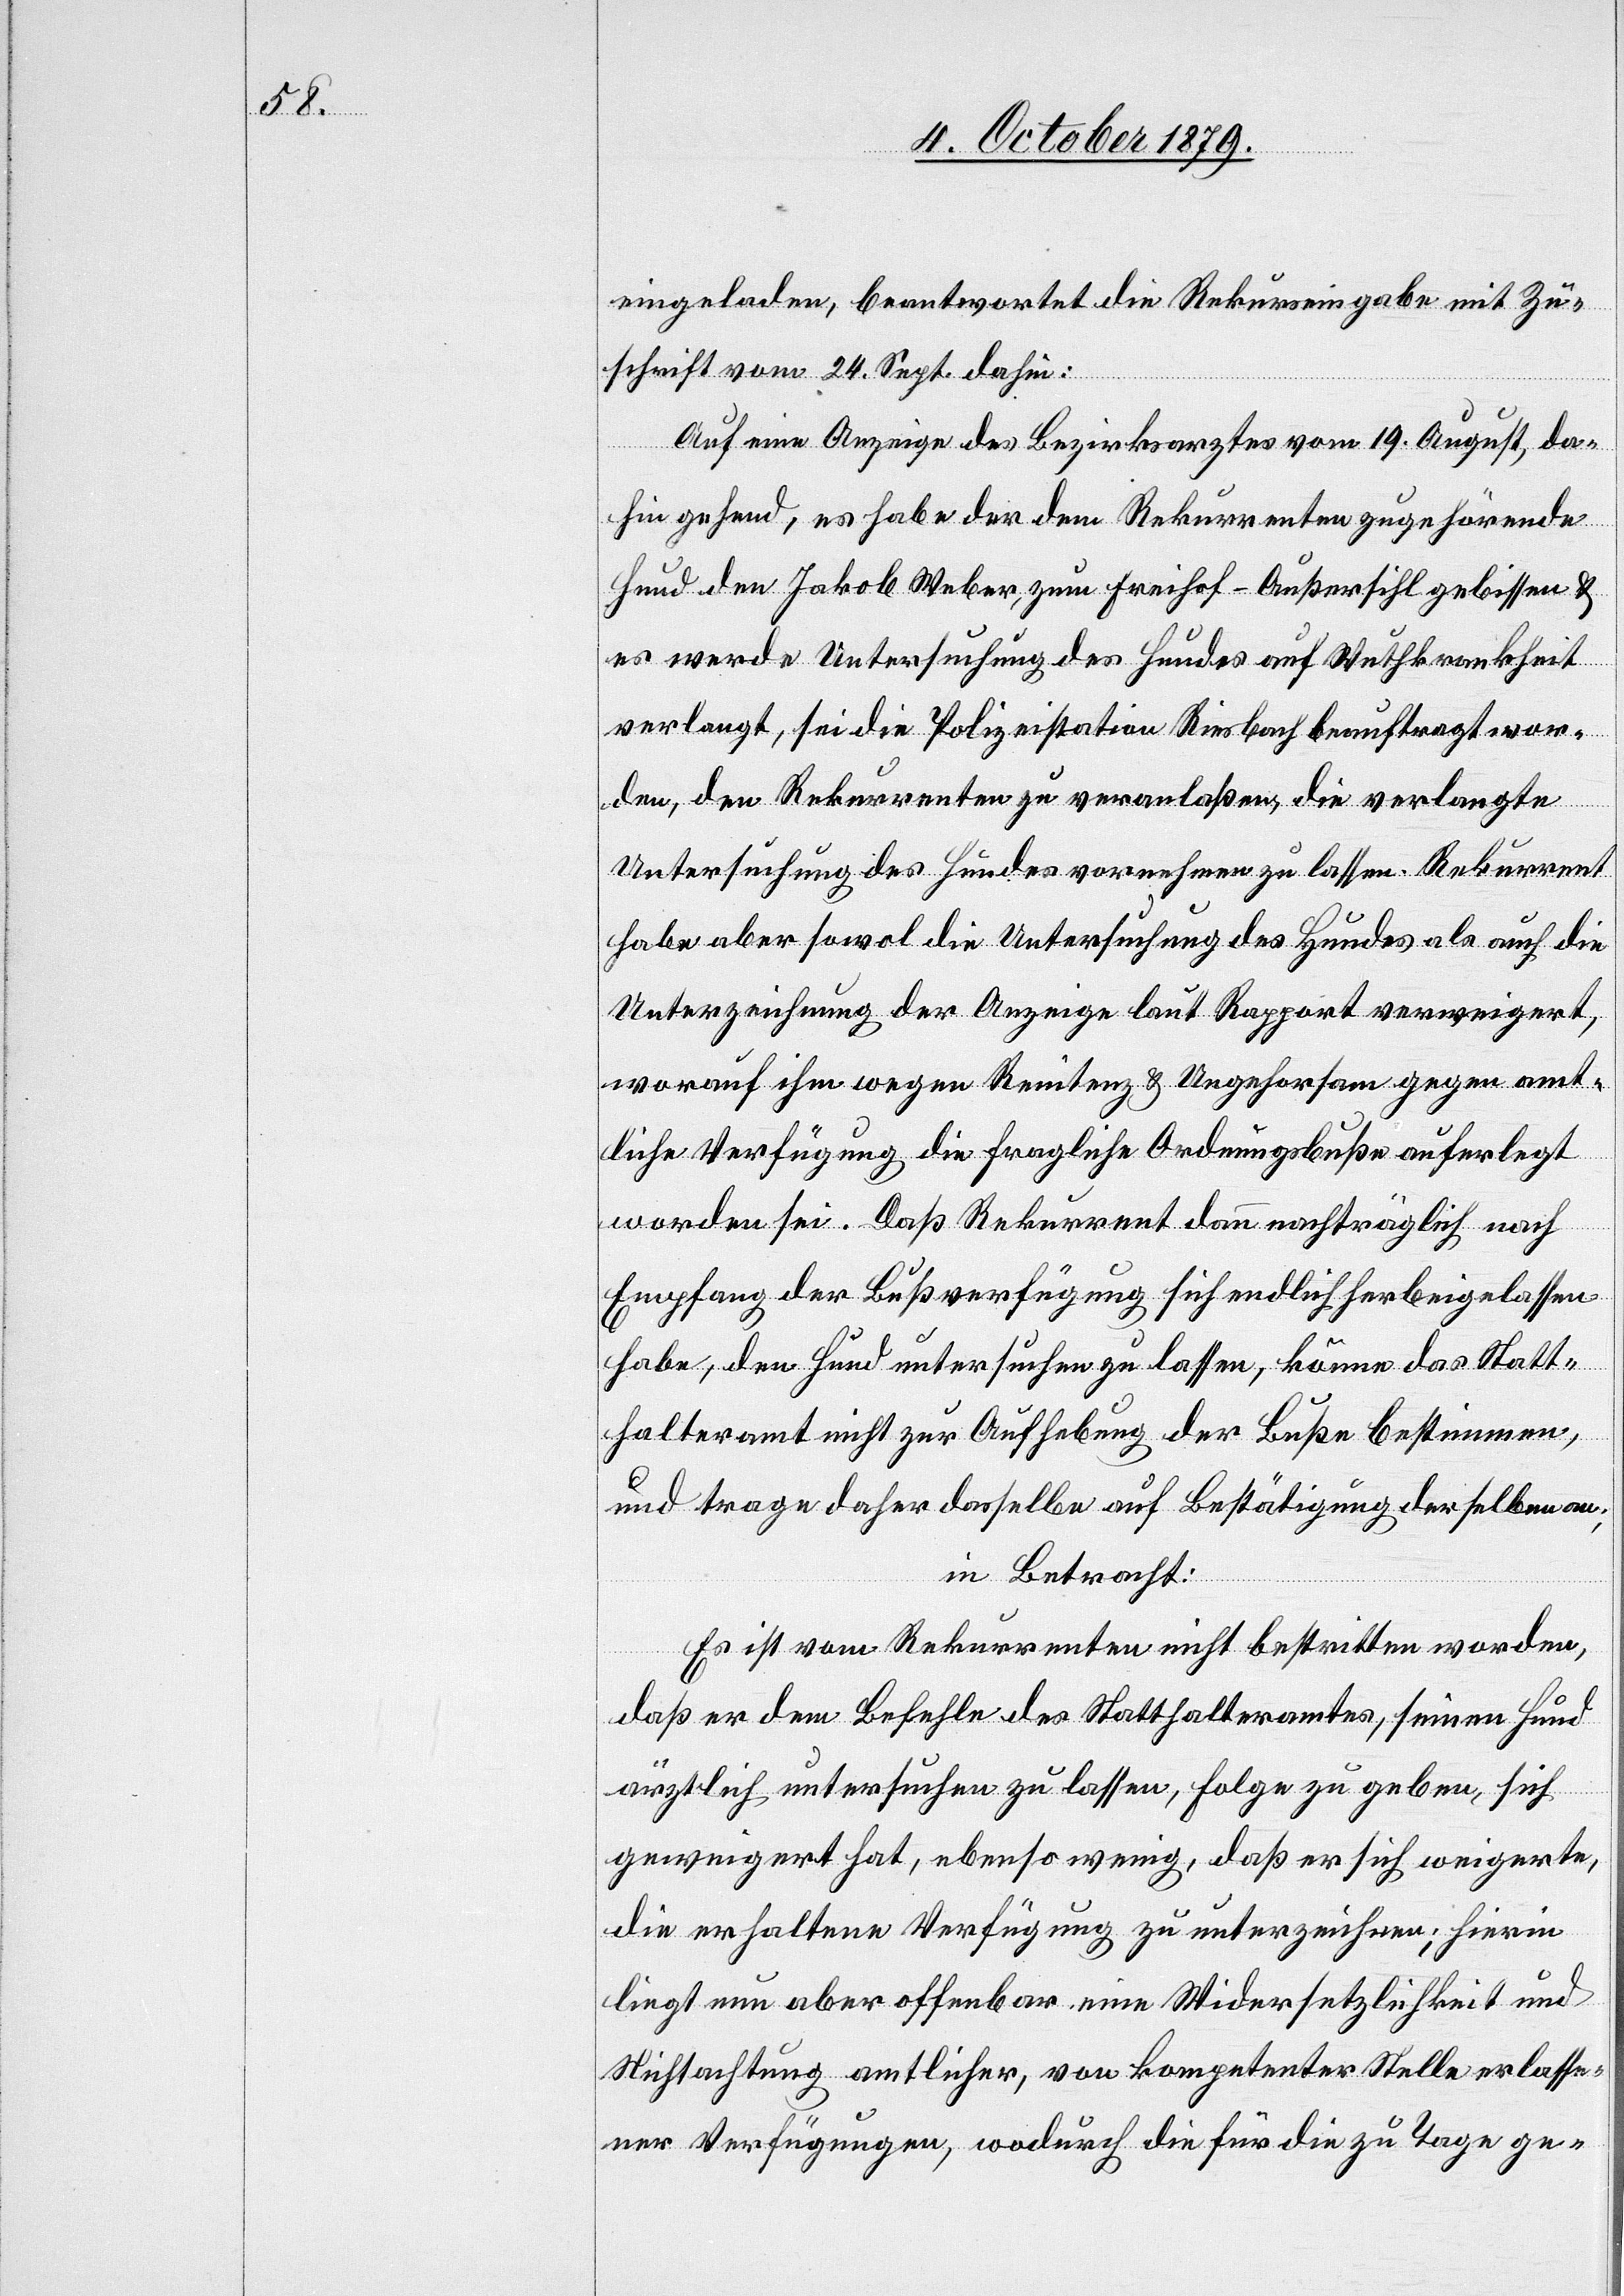
eingeladen, beantwortet die Rekurseingabe mit Zu¬
schrift vom 24. Sept. dahin:
Auf eine Anzeige des Bezirksarztes vom 19. August, da¬
hin gehend, es habe der dem Rekurrenten zugehörende
Hund den Jakob Weber, zum Freihof - Außersihl gebissen &
es werde Untersuchung des Hundes auf Wuthkrankheit
verlangt, sei die Polizeistation Riesbach beauftragt wor¬
den, den Rekurrenten zu veranlaßen, die verlangte
Untersuchung des Hundes vornehmen zu lassen. Rekurrent
habe aber sowohl die Untersuchung des Hundes als auch die
Unterzeichnung der Anzeige laut Rapport verweigert,
worauf ihm wegen Renitenz & Ungehorsam gegen amt¬
liche Verfügung die fragliche Ordnungsbuße auferlegt
worden sei. Daß Rekurrent dann nachträglich nach
Empfang der Bußverfügung sich endlich herbeigelassen
habe, den Hund untersuchen zu lassen, könne das Statt¬
halteramt nicht zur Aufhebung der Buße bestimmen,
und trage daher derselbe auf Bestätigung derselben an;
in Betracht:
Es ist vom Rekurrenten nicht bestritten worden,
daß er dem Befehle des Statthalteramtes, seinen Hund
ärztlich untersuchen zu lassen, Folge zu geben, sich
geweigert hat, ebenso wenig, daß er sich weigerte,
die erhaltene Verfügung zu unterzeichnen; Hierin
liegt nun aber offenbar eine Widersetzlichkeit und
Nichtachtung amtlicher, von kompetenter Stelle erlasse¬
ner Verfügungen, wodurch die für die zu Tage ge-